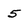
Character: 5